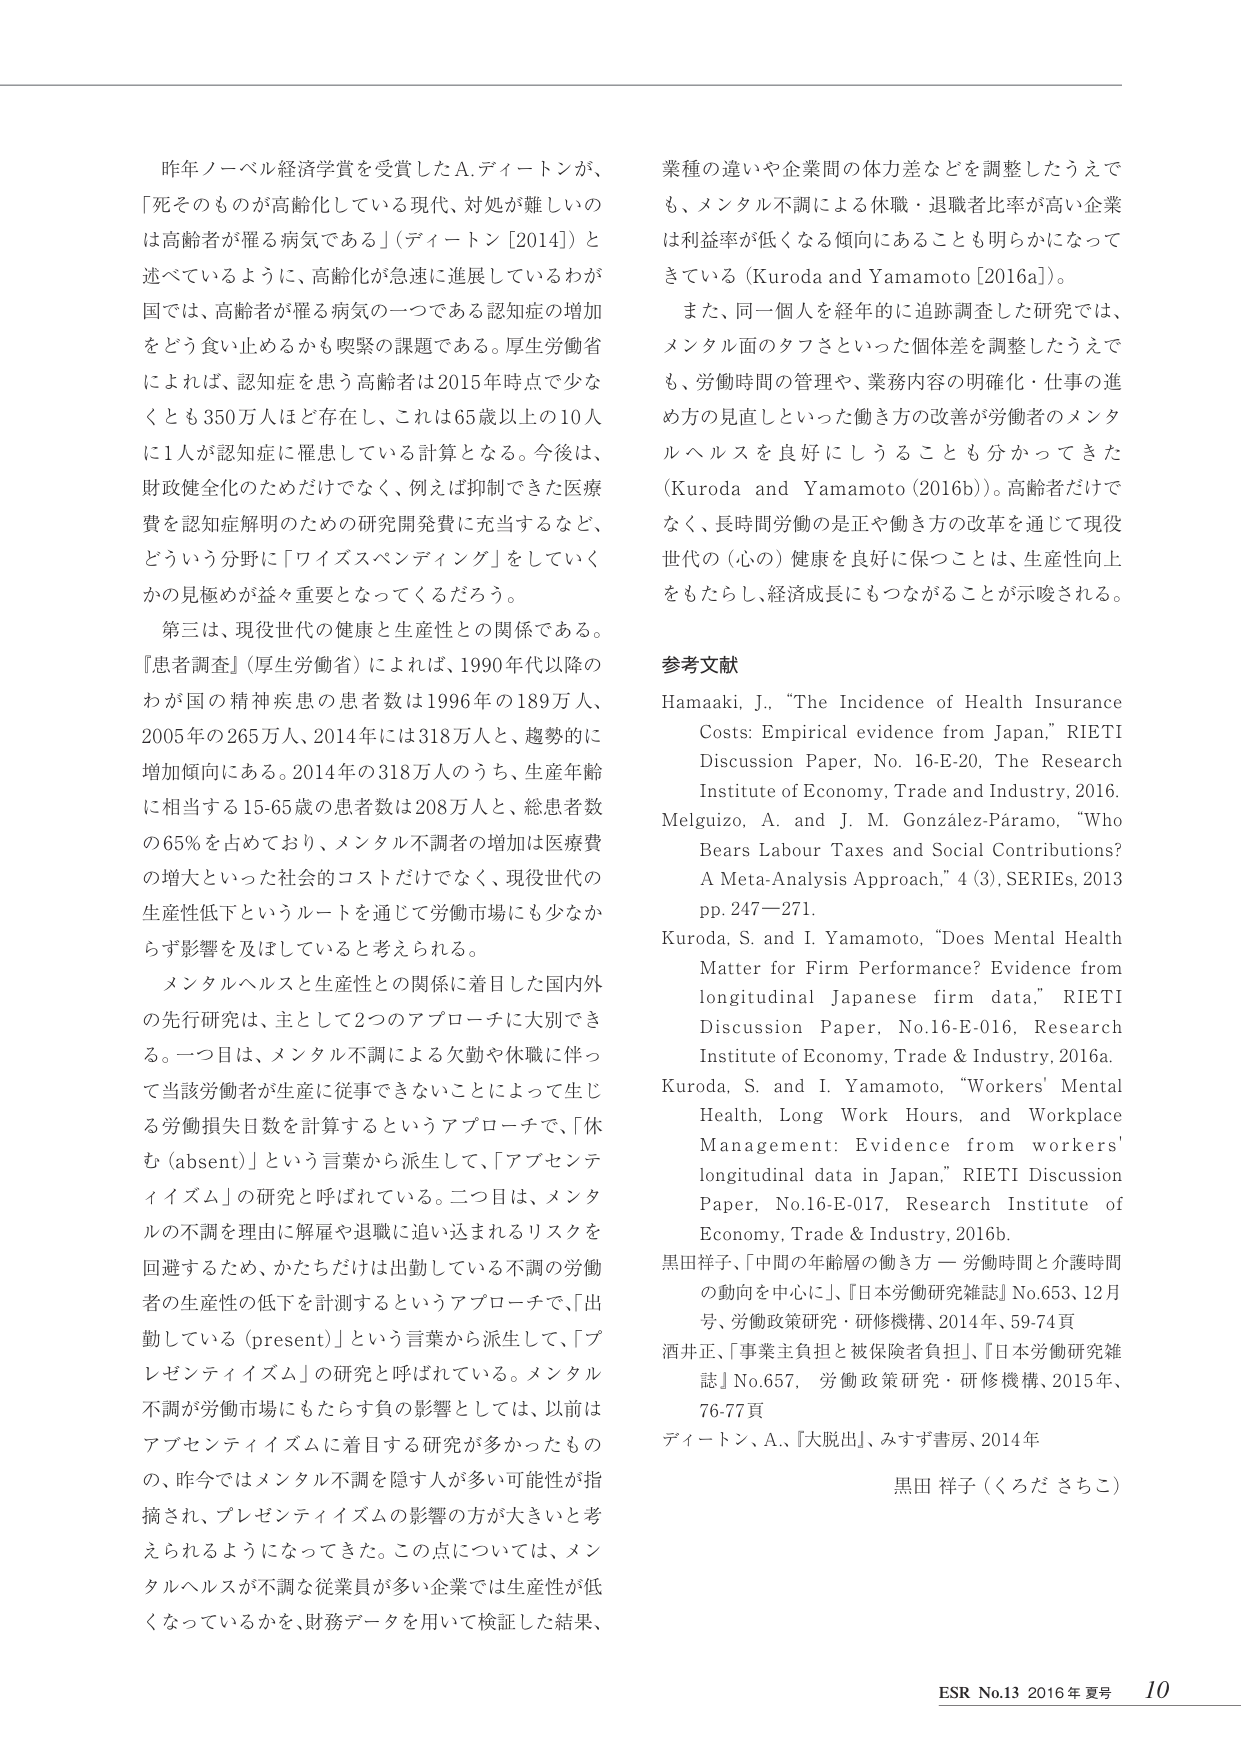
昨年ノーベル経済学賞を受賞したA.ディートンが、「死そのものが高齢化している現代、対処が難しいのは高齢者が罹る病気である」（ディートン[2014]）と述べているように、高齢化が急速に進展しているわが国では、高齢者が罹る病気の一つである認知症の増加をどう食い止めるかも喫緊の課題である。厚生労働省によれば、認知症を患う高齢者は2015年時点で少なくとも350万人ほど存在し、これは65歳以上の10人に1人が認知症に罹患している計算となる。今後は、財政健全化のためだけでなく、例えば抑制できた医療費を認知症解明のための研究開発費に充当するなど、どういう分野に「ワイズスペンディング」をしていくかの見極めが益々重要となってくるだろう。

第三は、現役世代の健康と生産性との関係である。『患者調査』（厚生労働省）によれば、1990年代以降のわが国の精神疾患の患者数は1996年の189万人、2005年の265万人、2014年には318万人と、趨勢的に増加傾向にある。2014年の318万人のうち、生産年齢に相当する15-65歳の患者数は208万人と、総患者数の65％を占めており、メンタル不調者の増加は医療費の増大といった社会的コストだけでなく、現役世代の生産性低下というルートを通じて労働市場にも少なからず影響を及ぼしていると考えられる。

メンタルヘルスと生産性との関係に着目した国内外の先行研究は、主として2つのアプローチに大別できる。一つ目は、メンタル不調による欠勤や休職に伴って当該労働者が生産に従事できないことによって生じる労働損失日数を計算するというアプローチで、「休む（absent）」という言葉から派生して、「アブセンティズム」の研究と呼ばれている。二つ目は、メンタルの不調を理由に解雇や退職に追い込まれるリスクを回避するため、かたちだけは出勤している不調の労働者の生産性の低下を計測するというアプローチで、「出勤している（present）」という言葉から派生して、「プレゼンティイズム」の研究と呼ばれている。メンタル不調が労働市場にもたらす負の影響としては、以前はアブセンティイズムに着目する研究が多かったものの、昨今ではメンタル不調を隠す人が多い可能性が指摘され、プレゼンティイズムの影響の方が大きいと考えられるようになってきた。この点については、メンタルヘルスが不調な従業員が多い企業では生産性が低くなっているかを、財務データを用いて検証した結果、

業種の違いや企業間の体力差などを調整したうえでも、メンタル不調による休職・退職者比率が高い企業は利益率が低くなる傾向にあることも明らかになってきている（Kuroda and Yamamoto [2016a]）。

また、同一個人を経年的に追跡調査した研究では、メンタル面のタフさといった個体差を調整したうえでも、労働時間の管理や、業務内容の明確化・仕事の進め方の見直しといった働き方の改善が労働者のメンタルヘルスを良好にし得ることも分かってきた（Kuroda and Yamamoto (2016b)）。高齢者だけでなく、長時間労働の是正や働き方の改革を通じて現役世代の（心の）健康を良好に保つことは、生産性向上をもたらし、経済成長にもつながることが示唆される。

参考文献

Hamaaki, J., “The Incidence of Health Insurance Costs: Empirical evidence from Japan,” RIETI Discussion Paper, No. 16-E-20, The Research Institute of Economy, Trade and Industry, 2016.

Melguizo, A. and J. M. González-Páramo, “Who Bears Labour Taxes and Social Contributions? A Meta-Analysis Approach,” 4 (3), SERIES, 2013 pp. 247–271.

Kuroda, S. and I. Yamamoto, “Does Mental Health Matter for Firm Performance? Evidence from longitudinal Japanese firm data,” RIETI Discussion Paper, No.16-E-016, Research Institute of Economy, Trade and Industry, 2016a.

Kuroda, S. and I. Yamamoto, “Workers’ Mental Health, Long Work Hours, and Workplace Management: Evidence from workers’ longitudinal data in Japan,” RIETI Discussion Paper, No.16-E-017, Research Institute of Economy, Trade & Industry, 2016b.

黒田祥子、「中間の年齢層の働き方 — 労働時間と介護時間の動向を中心に」、『日本労働研究雑誌』No.653、12月号、労働政策研究・研修機構、2014年、59-74頁

酒井正、「事業主負担と被保険者負担」、『日本労働研究雑誌』No.657、労働政策研究・研修機構、2015年、76-77頁

ディートン、A、「大脱出」、みすず書房、2014年

黒田 祥子（くろだ さちこ）

ESR No.13 2016年 夏号 10